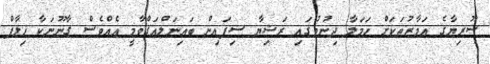
ސޫރިޔާގެ އަމާޒުތަކަށް ހަމަލާ ދިނުމުގައި ރަޝިޔާ ސިފައިން ބައިނަލްއަގްވާމީ އެއްވެސް ގާނޫނަކާ ޚިލާފް